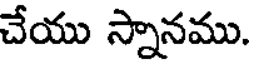
చేయు స్నానము.